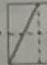
1